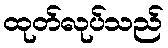
ထုတ်လုပ်သည်